Leaving Certificate Examination, 1919, 1919
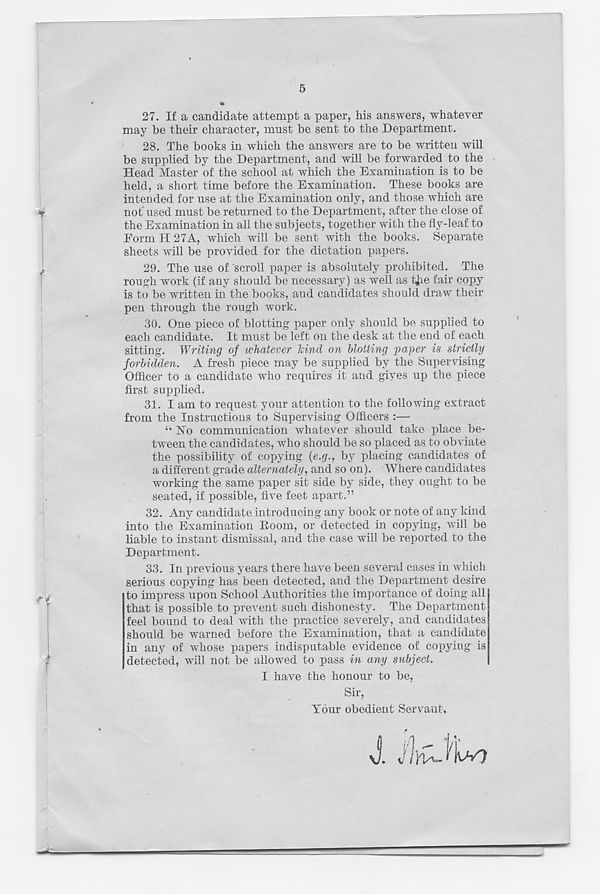
5
27. If a candidate attempt a paper, his answers, whatever
may he their character, must be sent to the Department.
28. The books in which the answers are to be written will
be supplied by the Department, and will be forwarded to the
Head Master of the school at which the Examination is to be
held, a short time before the Examination. These books are
intended for use at the Examination only, and those which are
if
not’ used must be returned to the Department, after the close of
the Examination in all the subjects, together with the fly-leaf to
Form II 27A, which will be sent Avith the books. Separate
sheets will be provided for the dictation papers.
29. The use of scroll paper is absolutely prohibited. The
rough Avork (if any should be necessary) as well as 4ie fair copy
is to be written in the books, and candidates should draw their
pen through the rough work.
30. One piece of blotting paper only should be supplied to
each candidate. It must be left on the desk at the end of each
sitting. Writing of whatever hind on blotting paper is strictly
forbidden. A fresh piece may be supplied by the Supervising
Officer to a candidate who requires' it and gives up the piece
first supplied.
31. I am to request your attention to the following extract
from the Instructions to Supervising Officers :—
“ ISTo communication whatever should take place be-
tween the candidates, AVIIO should be so placed as to obAbate
the possibility of copying {e.g., by placing candidates of
a different grade alternately, and so on). Where candidates
working the same paper sit side by side, they ought to be
seated, if possible, fiwe feet apart.”
32. Any candidate introducing any book or note of any kind
into the Examination Room, or detected in copying, Avill be
liable to instant dismissal, and the case Avill be reported to the
Department.
33. In previous years there have been several cases in which
serious copying has been detected, and the Department desire
r t
to impress upon School Authorities the importance of doing all
that is possible to preA T ent such dishonesty. The Department
feel bound to deal with the practice severely, and candidates
should be warned before the Examination, that a candidate
in any of whose papers indisputable evidence of copying is
detected, Avill not be allowed to pass in any subject.
I haA r e the honour to be,
Sir,
Your obedient Servant,